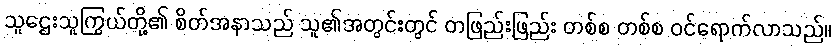
သူဌေးသူကြွယ်တို့၏ စိတ်အနာသည် သူ၏အတွင်းတွင် တဖြည်းဖြည်း တစ်စ တစ်စ ဝင်ရောက်လာသည်။